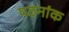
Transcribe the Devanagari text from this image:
पठनांक